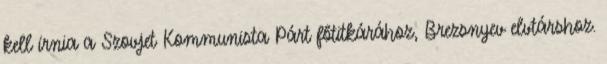
kell írnia a Szovjet Kommunista Párt főtitkárához, Brezsnyev elvtárshoz.